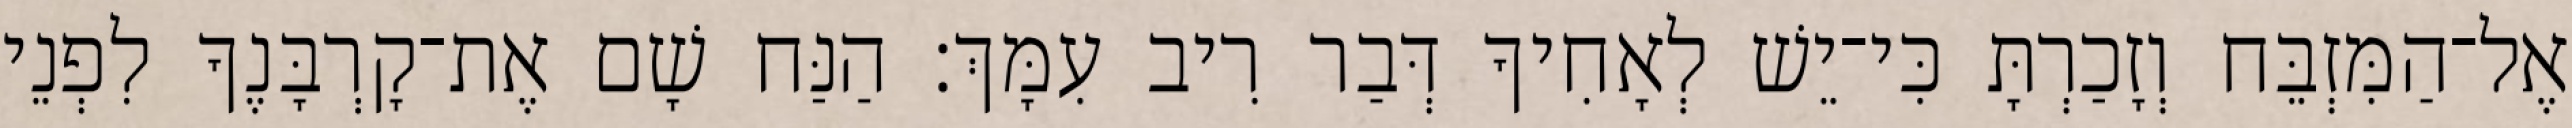
אֶל־הַמִּזְבֵּח וְזָכַרְתָּ כִּי־יֵשׁ לְאָחִיךָ דְּבַר רִיב עִמָּךְ׃ הַנַּח שָׁם אֶת־קָרְבָּנֶךָ לִפְנֵי